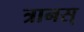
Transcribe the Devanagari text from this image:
त्रानस्